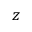
z